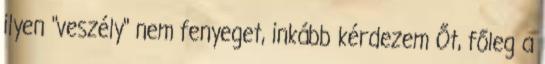
ilyen "veszély" nem fenyeget, inkább kérdezem Őt, főleg a